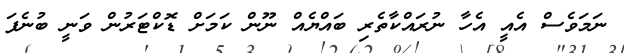
ނަމަވެސް އެއީ އެހާ ނުރައްކާތެރި ބައްޔެއް ނޫން ކަމަށް ޑޮކްޓަރުން ވަނީ ބުނެފަ